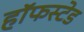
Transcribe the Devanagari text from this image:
हॉफस्टेड